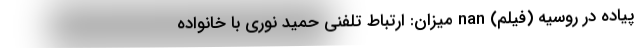
پیاده در روسیه (فیلم) nan میزان: ارتباط تلفنی حمید نوری با خانواده